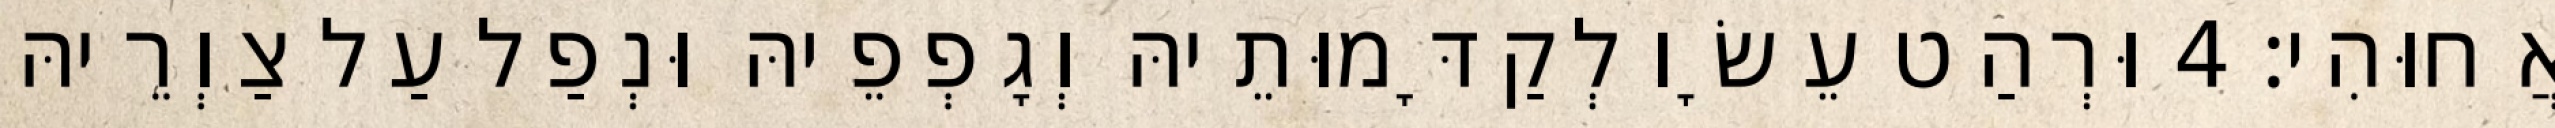
אֲחוּהִי׃ 4 וּרְהַט עֵשָׂו לְקַדָּמוּתֵיהּ וְגָפְפֵיהּ וּנְפַל עַל צַוְרֵיהּ